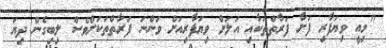
"މިއީ ވިޔަފާރި ފަށާ ފަރާތްތަކާއި އަލަށް ވިޔަފާރިއަށް ވަންނަ ފަރާތްތަކަށްވެސް ލިބިގެން ދިޔަ